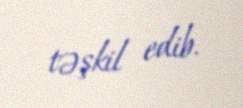
təşkil edib.